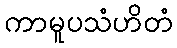
ကာမူပသံဟိတံ